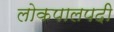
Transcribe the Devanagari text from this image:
लोकपालपदी